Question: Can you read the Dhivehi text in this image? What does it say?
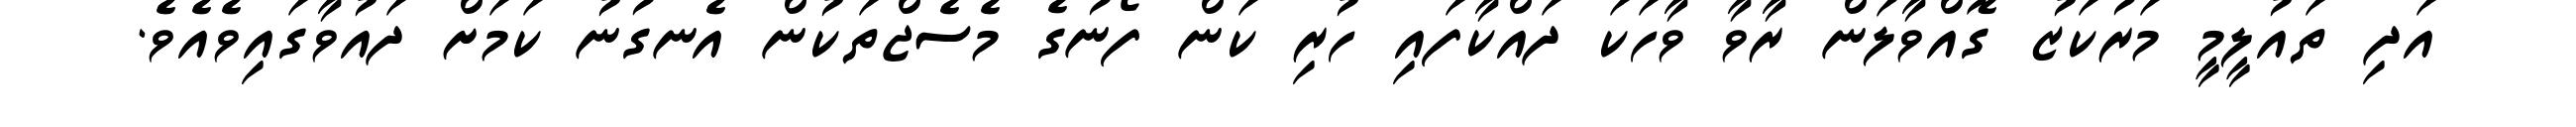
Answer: އަދި ތައުލީމީ މަރުކަޒު ގޮއްވާލަން ރާވާ ވާހަކަ ދައްކާފައި ހުރި ކަން ފޯނުގެ މެސެޖްތަކުން އެނގުނު ކަމަށް ދައުވާގައިވެއެވެ.